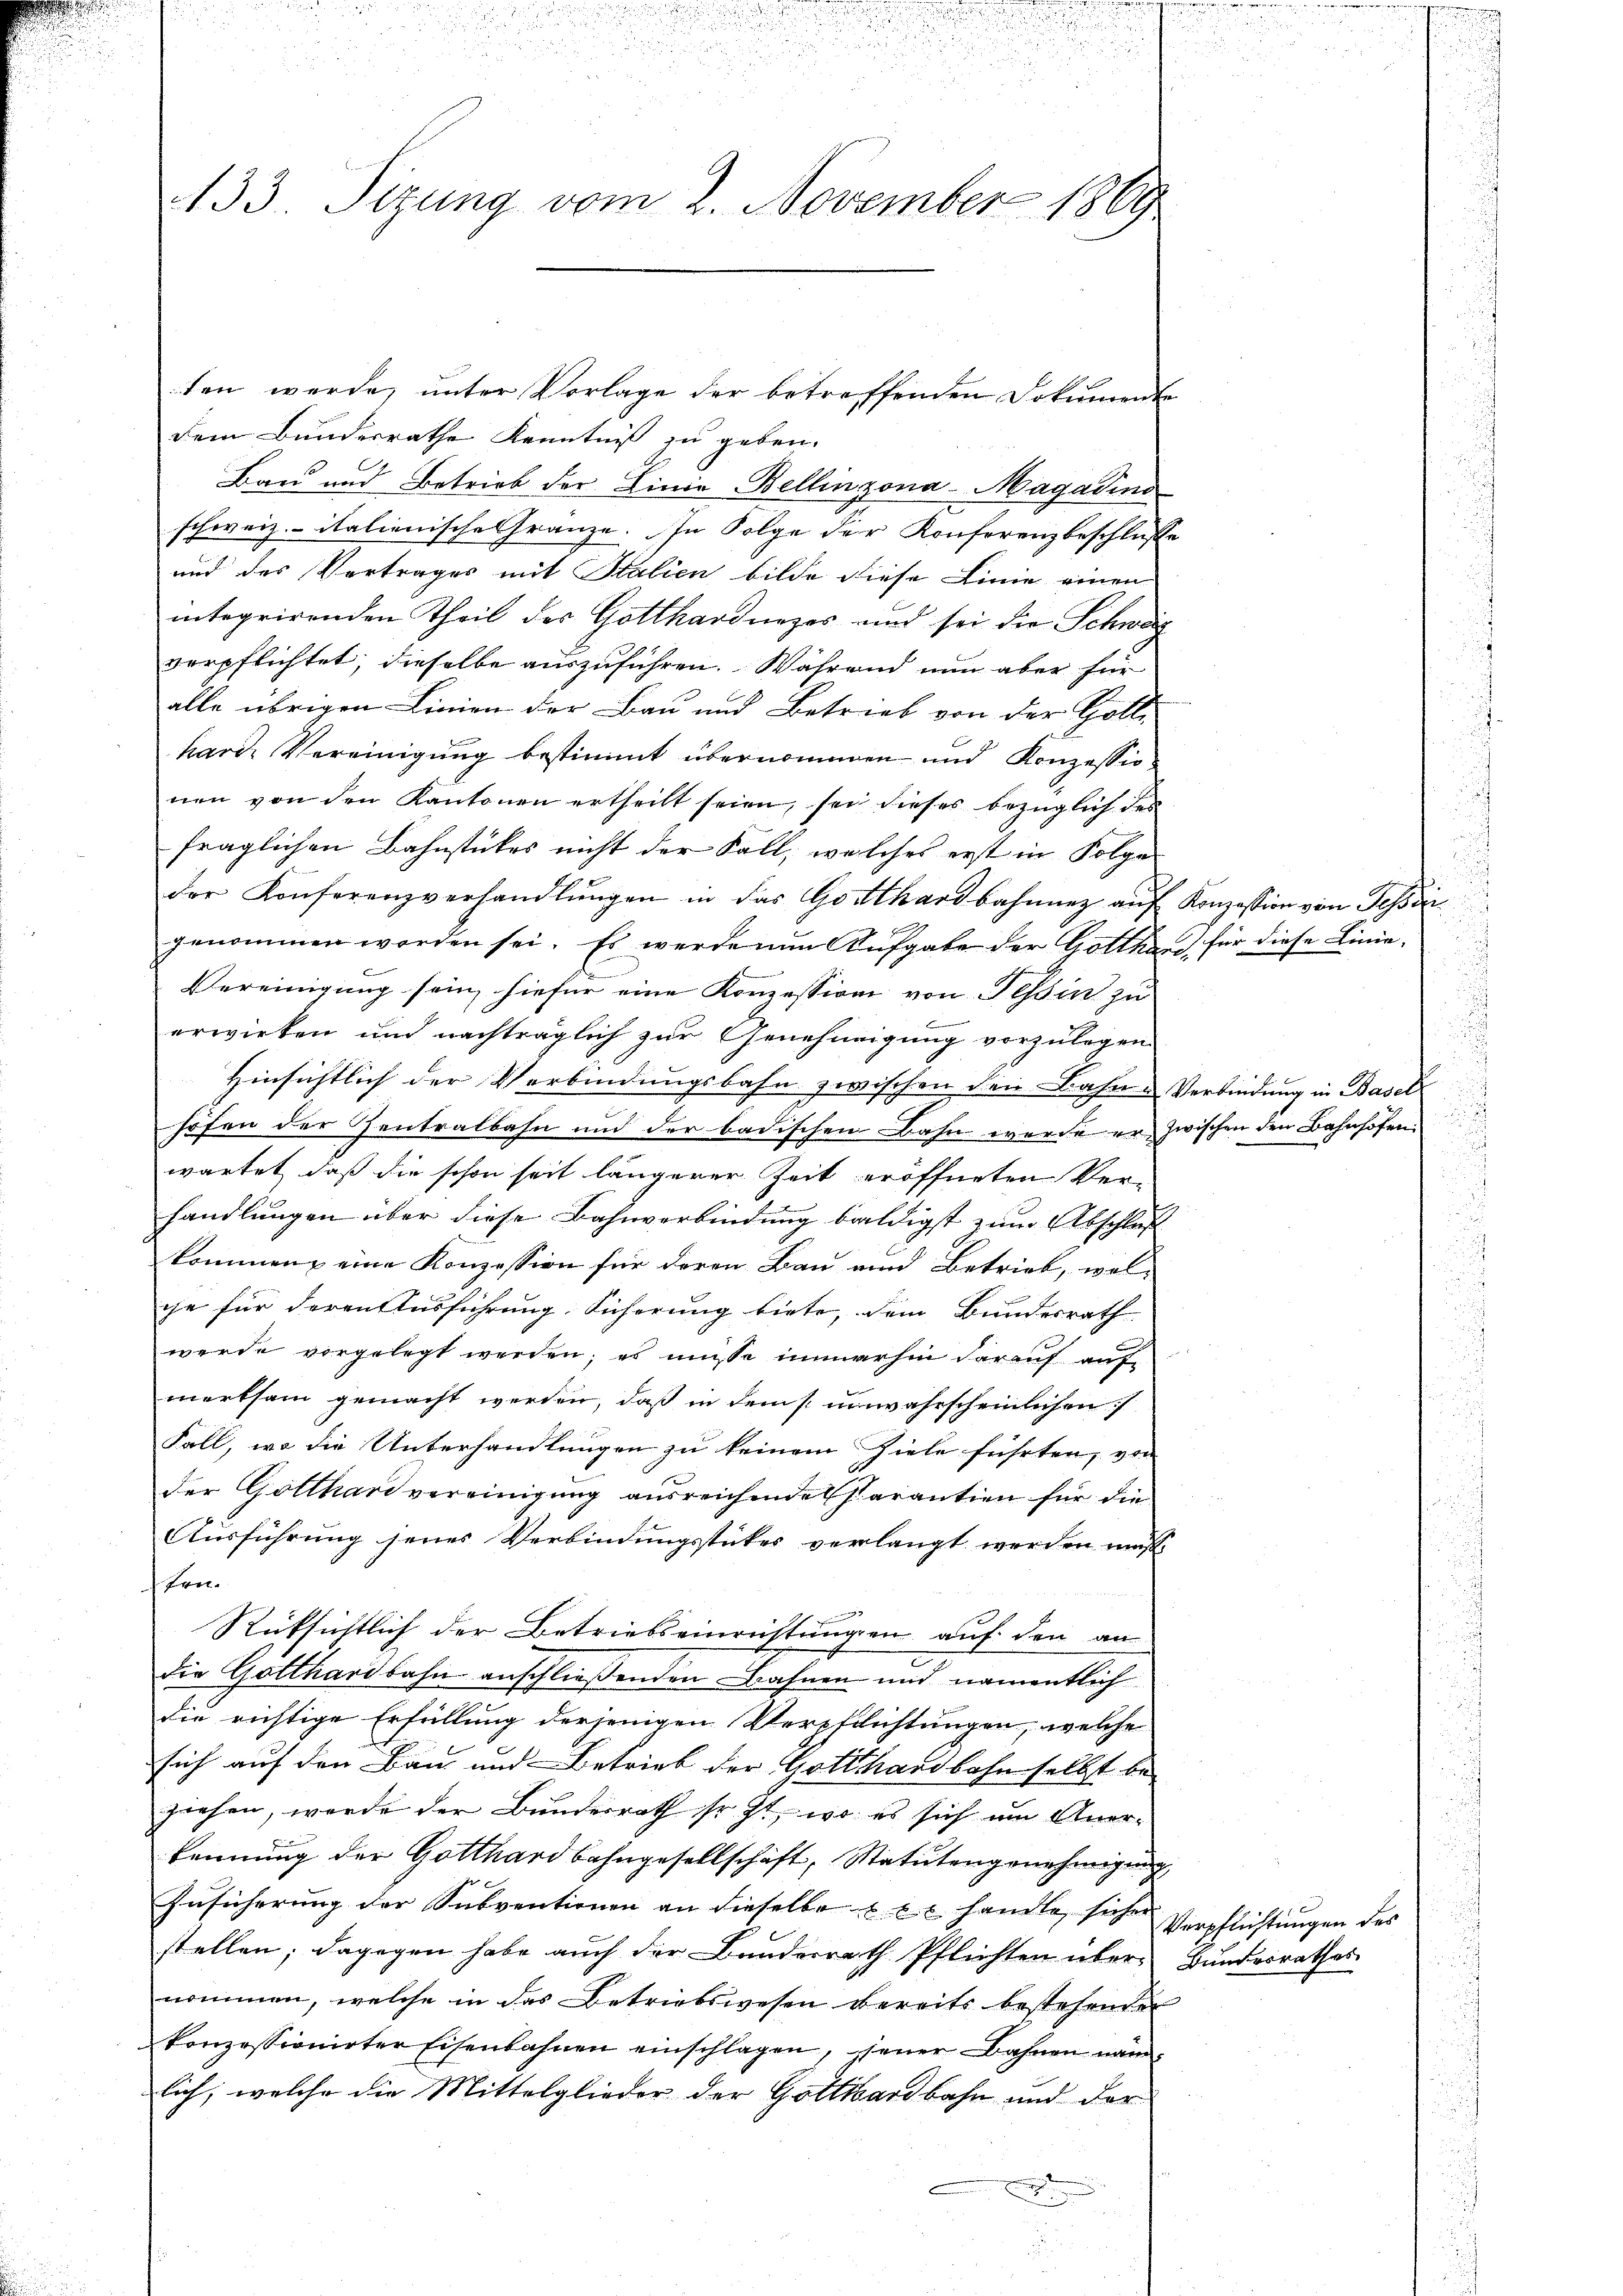
133. Sizung vom 2. November 1869.

ten werde, unter Vorlage der betreffenden Dokumente
dem Bundesrathe Kenntniß zu geben.
Bau und Betrieb der Linie Bellinzona-Magadins
schweiz.- italienische Gränze. In Folge der Konferenzbeschlusse
und des Vertrages mit Stalien bilde diese Linie einen
integrirenden Theil des Gottharduezes und sei die Schwag
verpflichtet; dieselbe auszuführen. Während nun aber für
alle übrigen Linien der Bau und Betrieb von der Holl-
harer Vereinigung bestimmt übernommen und Konzessionen von den Kantonen ertheilt seien, sei dieses bezüglich des
fraglichen Bahnstückes nicht der Fall, welches erst in Folge
der Konferenzverhandlungen in das Gotthardbahnnez auf Konzession von Tessin
genommen worden sei. Es werde nun Aufgabe der Gotthard für diese Linie-
Vereinigung sein, hiefür eine Konzession von Tessin zu
erwirken und nachträglich zur Genehmigung vorzulegen
Hinsichtlich der Verbindungsbahn zwischen den Bahn- Verbindung in Basel
höfen der Zentralbahn und der badischen Bahn werde er zwischen den Bahnhofen.
wartet, daß die schon seit längerer Zeit eröffneten Ver-
1
handlungen über diese Bahnverbindung baldigst zum Abschluß
kommen, eine Konzession für deren Bau und Betrieb, wel-
ge für deren Ausführung Sicherung biete, dem Bundesrath
werde vorgelegt werden; es müsse immerhin darauf auf
merksam gemacht werden, daß in dem s. unwahrscheinlichen
Fall, wo die Unterhandlungen zu keinem Ziele führten, von
der Gotthard vereinigung ausreichende Parantien für die
Ausführung jenes Verbindungsstückes verlangt werden muss.
Pro¬
Rücksichtlich der Betriebseinrichtungen auf den an
die Gotthardbahn anschließenden Bahnen und namentlich
die richtige Erfüllung derjenigen Verpflichtungen, welche
sich auf den Bau und Betrieb der Gotthardbahn selbst beziehen, werde der Bunderrath sr. Zt., wo es sich um Anerkennung der Gotthardbahngesellschaft, Statutengenehmigung
Zŭsicherŭng der Subventionen an dieselbe u e c handle sicher Verpflichtŭngen des
stellen; dagegen habe auch der Bundesrath Pflichten übers Bundesrathes
nommen, welche in das Betriebswesen bereits bestehenden
konzessionirter Eisenbahnen einschlagen, jener Bahnen nämlich, welche die Mittelglieder der Gotthardbahn und der